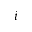
i